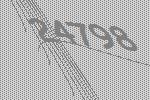
24798